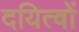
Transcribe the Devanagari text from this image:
दयित्वों